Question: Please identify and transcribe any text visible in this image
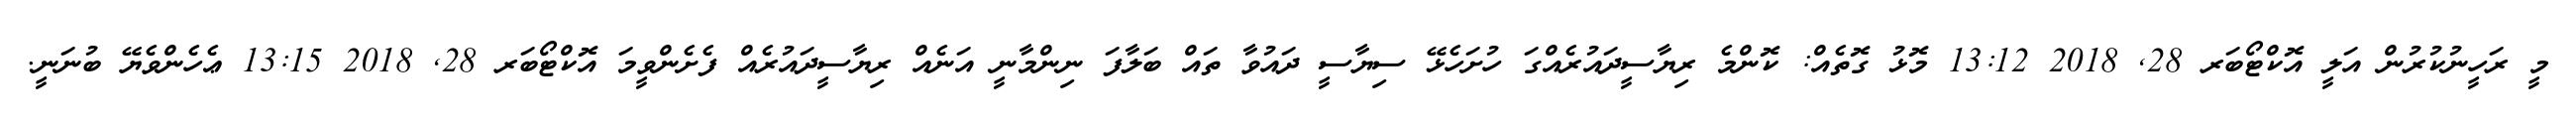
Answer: މީ ރަހީނުކުރުން އަލީ އޮކްޓޯބަރ 28, 2018 13:12 މޮޅު ގޮތެއް: ކޮންމެ ރިޔާސީދައުރެއްގަ ހުށަހެޅޭ ސިޔާސީ ދައުވާ ތައް ބަލާފަ ނިންމާނީ އަނެއް ރިޔާސީދައުރެއް ފެށެންވީމަ އޮކްޓޯބަރ 28, 2018 13:15 ޢެހެންވެޔޭ ބުނަނީ.